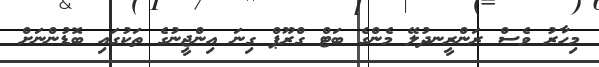
މިހާރު ވެސް ރަންރީނދުލޭ މެންގެ ބަޓް ގްރޫޕް ގިނަ އިންޖީނުގެ ތަކުގައި ބޮޑުންނަށް